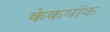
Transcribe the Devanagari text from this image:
केकवॉक